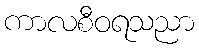
ကာလစီဝရသညာ